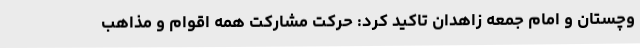
وچستان و امام جمعه زاهدان تاکید کرد: حرکت مشارکت همه اقوام و مذاهب